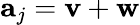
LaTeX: \mathbf{a}_{j}=\mathbf{v}+\mathbf{w}